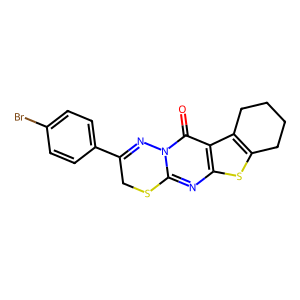
SMILES: O=c1c2c3c(sc2nc2n1N=C(c1ccc(Br)cc1)CS2)CCCC3
Inhibits HIV replication: No